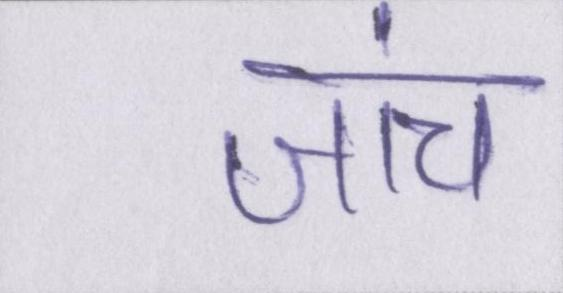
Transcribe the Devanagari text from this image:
जांच